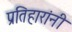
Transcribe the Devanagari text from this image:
प्रतिहारांनी